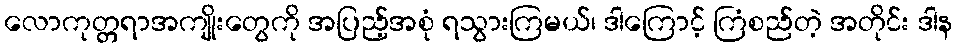
လောကုတ္တရာအကျိုးတွေကို အပြည့်အစုံ ရသွားကြမယ်၊ ဒါကြောင့် ကြံစည်တဲ့ အတိုင်း ဒါန